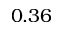
0 . 3 6